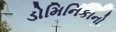
ડોમિનિકાનો